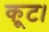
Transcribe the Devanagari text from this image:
कूट।